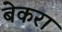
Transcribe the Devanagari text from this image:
बेकरा